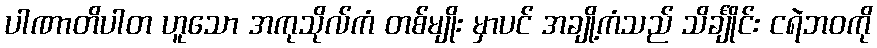
ပါဏာတိပါတ ဟူသော အကုသိုလ်ကံ တစ်မျိုး မှာပင် အချို့ကံသည် သိင်္ချိုင်း ငရဲဘဝကို